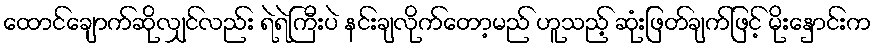
ထောင်ချောက်ဆိုလျှင်လည်း ရဲရဲကြီးပဲ နင်းချလိုက်တော့မည် ဟူသည့် ဆုံးဖြတ်ချက်ဖြင့် မိုးနှောင်းက